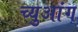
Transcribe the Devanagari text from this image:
च्युआंग